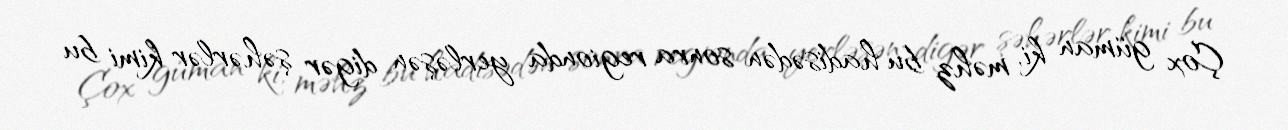
Çox güman ki, məhz bu hadisədən sonra regionda yerləşən digər şəhərlər kimi bu